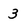
Character: 3